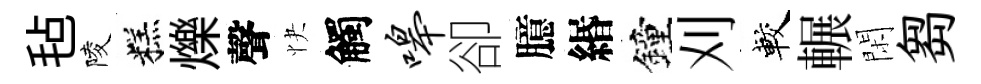
毡陵糕爍聲快觸嗥卻臆緡鐘刈較輾閑芻